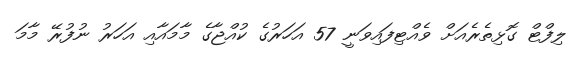
ލިފްޓް ގޮޅިތެރެއަށް ވެއްޓިފައިވަނީ 57 އަހަރުގެ ކުއްޖާގެ މާމައާއި އަހަރު ނުފުރޭ މާމަ